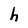
Character: h